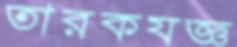
তারকযজ্ঞ